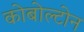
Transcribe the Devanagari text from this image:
कोबोल्टोन